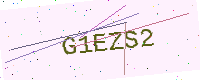
Text: G1EZS2